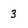
Character: 3